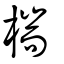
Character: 椯